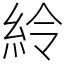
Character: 紷